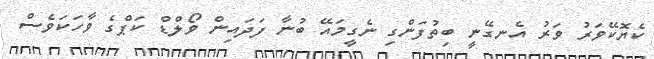
ކެޔޮކޭވަރު ވަރު އެނގޭނީ ބިތުފަންގި ނެގީމައޭ ބުނާ ފަދައިން ވޯލްޑް ކަޕްގެ ވާހަކަވެސް